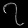
Digit: ၇